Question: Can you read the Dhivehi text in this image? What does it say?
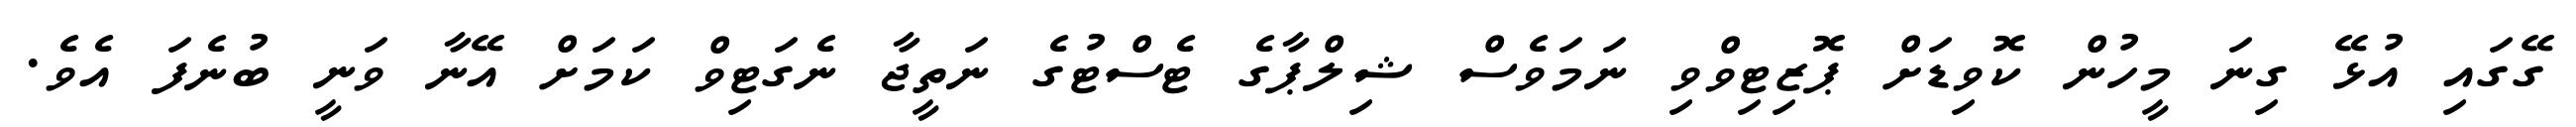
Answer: ގޭގައި އުޅޭ ގިނަ މީހުން ކޮވިޑަށް ޕޮޒިޓިވްވި ނަމަވެސް ޝިލްޕާގެ ޓެސްޓުގެ ނަތީޖާ ނެގަޓިވް ކަމަށް އޭނާ ވަނީ ބުނެފަ އެވެ.